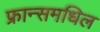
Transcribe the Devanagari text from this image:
फ्रान्समधिल